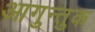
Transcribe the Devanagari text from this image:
आगुन्तुक